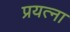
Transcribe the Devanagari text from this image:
प्रयत्ना